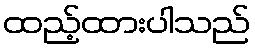
ထည့်ထားပါသည်